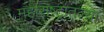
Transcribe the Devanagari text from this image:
महाराष्‍ट्रातल्या